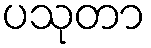
ပသုတာ